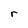
Character: r